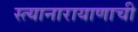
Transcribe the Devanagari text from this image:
स्त्यानारायाणाची